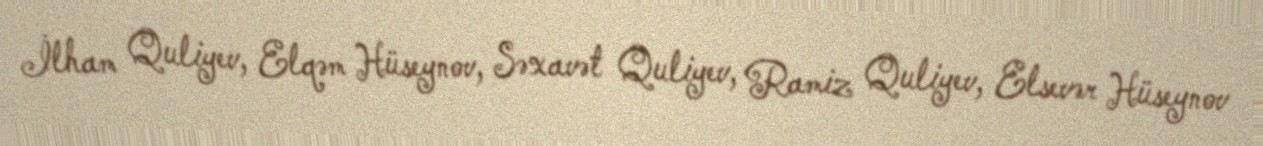
İlham Quliyev, Elqəm Hüseynov, Səxavət Quliyev, Ramiz Quliyev, Elsevər Hüseynov